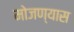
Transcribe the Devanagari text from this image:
मोजण्यास